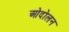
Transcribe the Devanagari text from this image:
ओदोलन